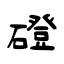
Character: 磴